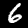
Digit: 6